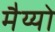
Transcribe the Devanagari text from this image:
मैय्यो